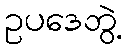
ဥပဒေဘွဲ့